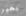
بخير